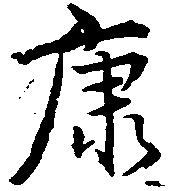
康